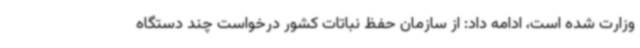
وزارت شده است، ادامه داد: از سازمان حفظ نباتات کشور درخواست چند دستگاه